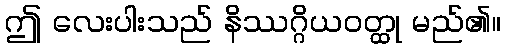
ဤ လေးပါးသည် နိဿဂ္ဂိယဝတ္ထု မည်၏။